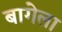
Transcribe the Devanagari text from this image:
बागेला